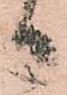
日